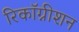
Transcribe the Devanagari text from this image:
रिकाॅग्नीशन